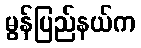
မွန်ပြည်နယ်က